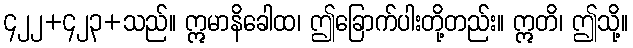
၄၂၂+၄၂၃+သည်။ ဣမာနိခေါထ၊ ဤခြောက်ပါးတို့တည်း။ ဣတိ၊ ဤသို့။